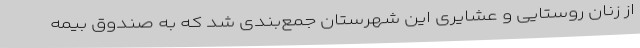
از زنان روستایی و عشایری این شهرستان جمع‌بندی شد که به صندوق بیمه